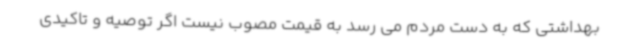
بهداشتی که به دست مردم می رسد به قیمت مصوب نیست اگر توصیه و تاکیدی